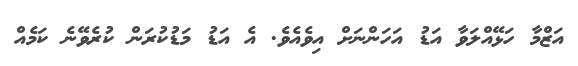
އަޒްމާ ހަޅޭއްލަވާ އަޑު އަހަންނަށް އިވެއެވެ. އެ އަޑު މަޑުކުރަން ކުރެވޭނެ ކަމެއް